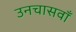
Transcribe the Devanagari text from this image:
उनचासवाँ